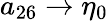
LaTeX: a_{26}\to\eta_{0}